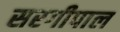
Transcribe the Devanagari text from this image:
सरगीपाल